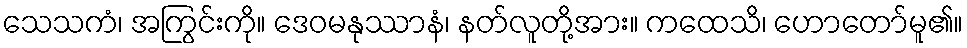
သေသကံ၊ အကြွင်းကို။ ဒေဝမနုဿာနံ၊ နတ်လူတို့အား။ ကထေသိ၊ ဟောတော်မူ၏။